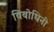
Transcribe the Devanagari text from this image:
विबोधिनी